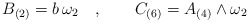
\begin{align*}B_{(2)} = b \, \omega_2 \quad , \qquad C_{(6)} = A_{(4)} \wedge\omega_2\end{align*}